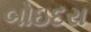
બોઇદરા